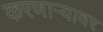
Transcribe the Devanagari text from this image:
करणाऱ्यावर